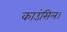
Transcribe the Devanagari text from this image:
काउंसिल।